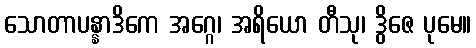
သောတာပန္နာဒိကေ အဂ္ဂေ၊ အရိယော တီသု၊ ဒွိဇေ ပုမေ။